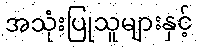
အသုံးပြုသူများနှင့်